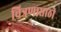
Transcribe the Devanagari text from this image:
चित्रणासाठी